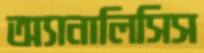
অ্যানালিসিস